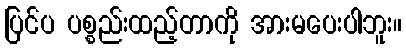
ပြင်ပ ပစ္စည်းထည့်တာကို အားမပေးပါဘူး။